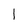
Character: 1